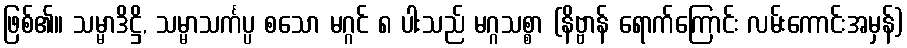
ဖြစ်၏။ သမ္မာဒိဋ္ဌိ, သမ္မာသင်္ကပ္ပ စသော မဂ္ဂင် ၈ ပါးသည် မဂ္ဂသစ္စာ (နိဗ္ဗာန် ရောက်ကြောင်း လမ်းကောင်းအမှန်)